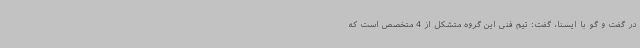
در گفت و گو با ایسنا، گفت: تیم فنی این گروه متشکل از 4 متخصص است که